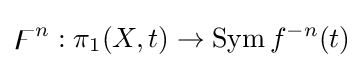
\digamma ^{n}:\pi _{1}(X,t)\rightarrow \mathrm {Sym} \,f^{-n}(t)